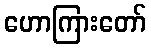
ဟောကြားတော်